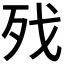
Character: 𣧌